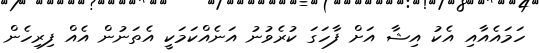
ހަމައެއާއި އެކު އިޝާ އަށް ފާހަގަ ކުރެވުނު އަނެއްކަމަކީ އެތަނުން އެއް ފިރިހެން